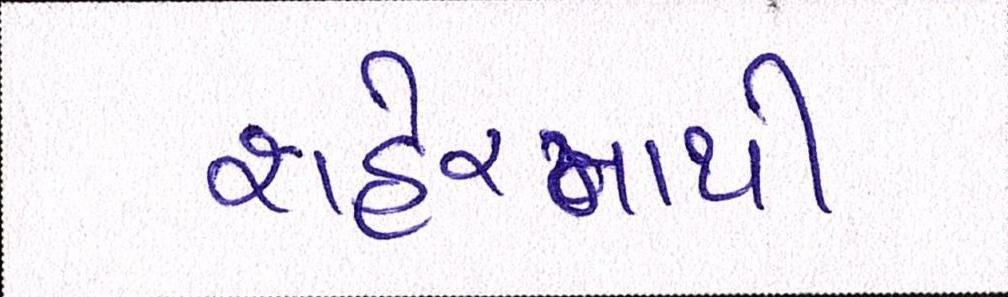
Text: શહેરમાંથી